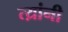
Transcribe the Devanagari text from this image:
त्य़ांनी